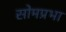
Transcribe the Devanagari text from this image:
सोमप्रभा